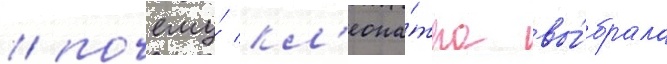
/ почему́ кл'еопа́тра вы́брала